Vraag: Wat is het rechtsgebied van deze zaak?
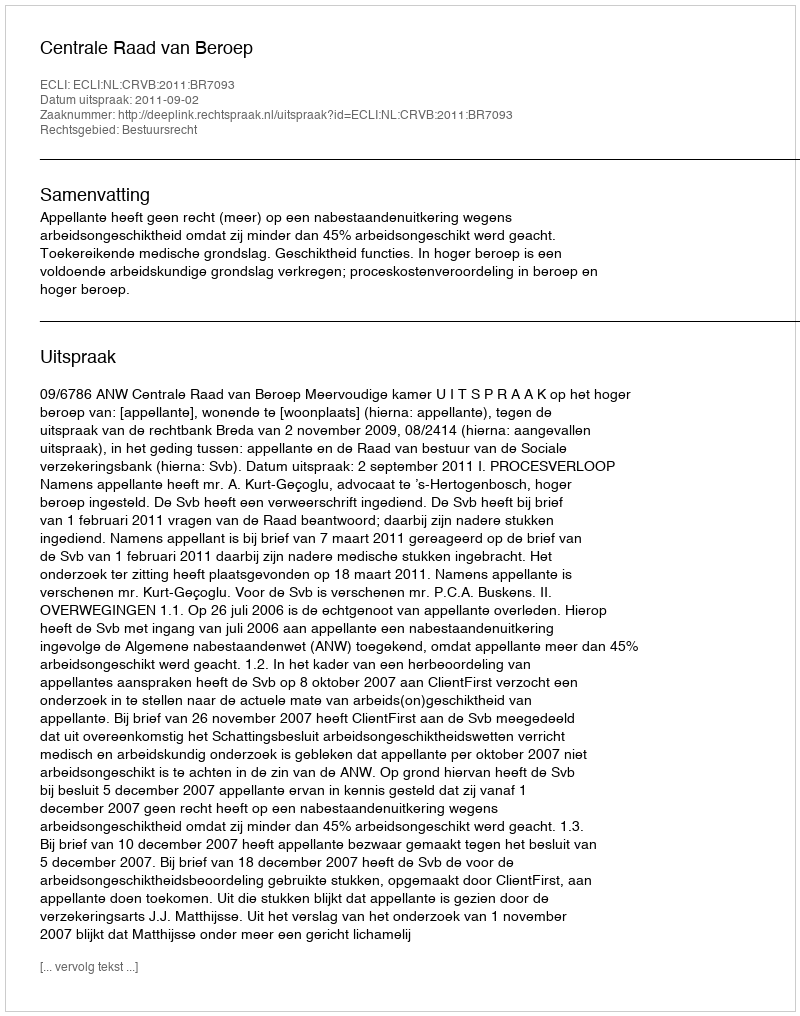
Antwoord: Bestuursrecht